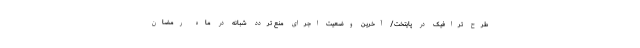
طرح ترافیک در پایتخت/ آخرین وضعیت اجرای منع تردد شبانه در ماه رمضان